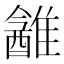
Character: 䨄